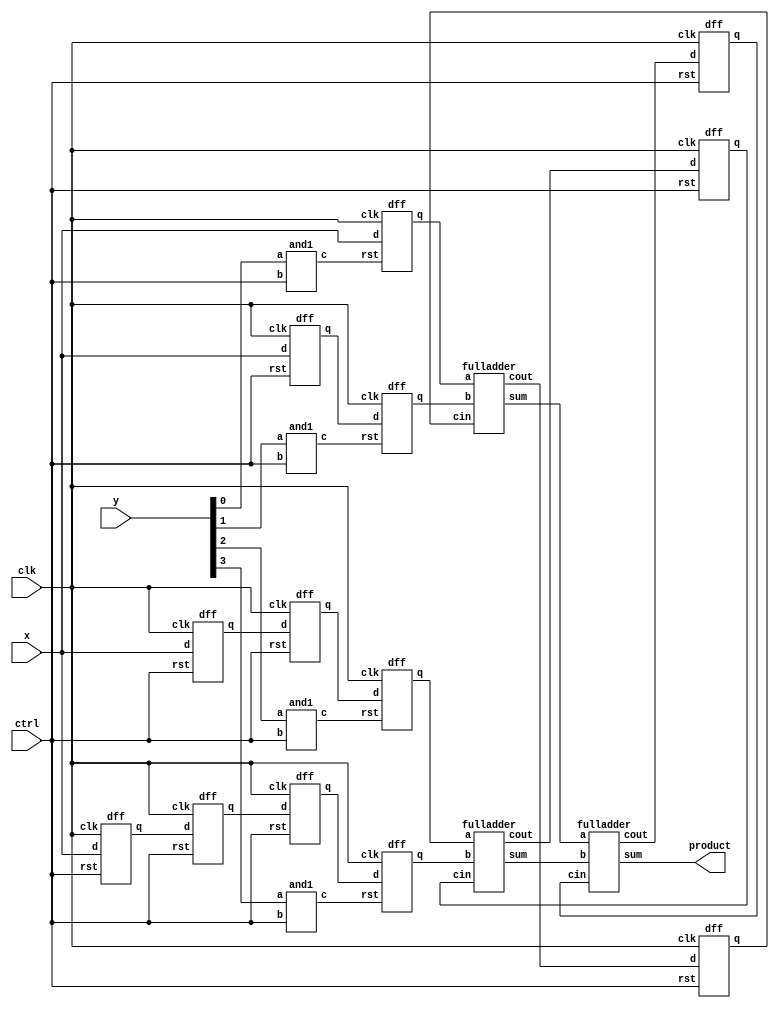
module multiplier(x,y,ctrl,clk,product);
input x;
input [3:0] y;
input ctrl;
input clk;
output product;
wire [3:0] r;
wire [3:0] p;
wire [7:0] q;
wire cout1;
wire cout2;
wire coutm;
wire cin1;
wire s1;
wire s2;


and1 n0 (r[0],y[0],ctrl);
and1 n1 (r[1],y[1],ctrl);
and1 n2 (r[2],y[2],ctrl);
and1 n3 (r[3],y[3],ctrl);
dff d0 (x,clk,r[0],p[0]);
dff d1 (x,clk,ctrl,q[0]);
dff d2 (q[0],clk,r[1],p[1]);
dff d3 (x,clk,ctrl,q[1]);
dff d4 (q[1],clk,ctrl,q[2]);
dff d5 (q[2],clk,r[2],p[2]);
dff d6 (x,clk,ctrl,q[3]);
dff d7 (q[3],clk,ctrl,q[4]);
dff d8 (q[4],clk,ctrl,q[5]);
dff d9 (q[5],clk,r[3],p[3]);
dff d10 (cout1,clk,ctrl,q[6]);
dff d11 (cout2,clk,ctrl,q[7]);
dff d12 (coutm,clk,ctrl,cin1);

fulladder fa1 (p[0],p[1],q[6],cout1,s1);
fulladder fa2 (p[2],p[3],q[7],cout2,s2);
fulladder fa3 (s1,s2,cin1,coutm,product);

endmodule

module fulladder (a,b,cin,cout,sum);
input a;
input b;
input cin;
output cout;
output sum;
assign sum = a ^ b ^ cin;
assign cout = (a & b) | (a & cin) | (b & cin);
endmodule


module and1 (c,a,b);
input a,b;
output c;
assign c = a & b;
endmodule

module dff (d,clk,rst,q);
input d,clk,rst;
output q;
reg q;
always @ (posedge clk)
if(~rst)
begin
q <=  1'b0;
end
else
begin
q <= d;
end
endmodule